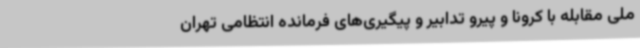
ملی مقابله با کرونا و پیرو تدابیر و پیگیری‌های فرمانده انتظامی تهران